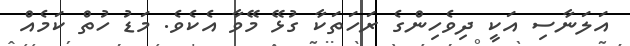
އަލަނާސި އަކީ ދިވެހިންގެ ރަހަތަކާ ގުޅޭ މޭވާ އެެކެވެ. މަޑު ހުތް ކަމެއް